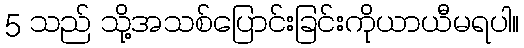
5 သည် သို့အသစ်ပြောင်းခြင်းကိုယာယီမရပါ။